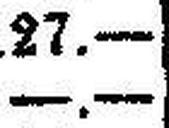
—.—